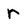
Character: r